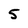
Character: 5